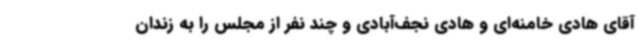
آقای هادی خامنه‌ای و هادی نجف‌آبادی و چند نفر از مجلس را به زندان